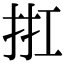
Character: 𢬀